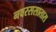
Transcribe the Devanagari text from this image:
नवरससातारा